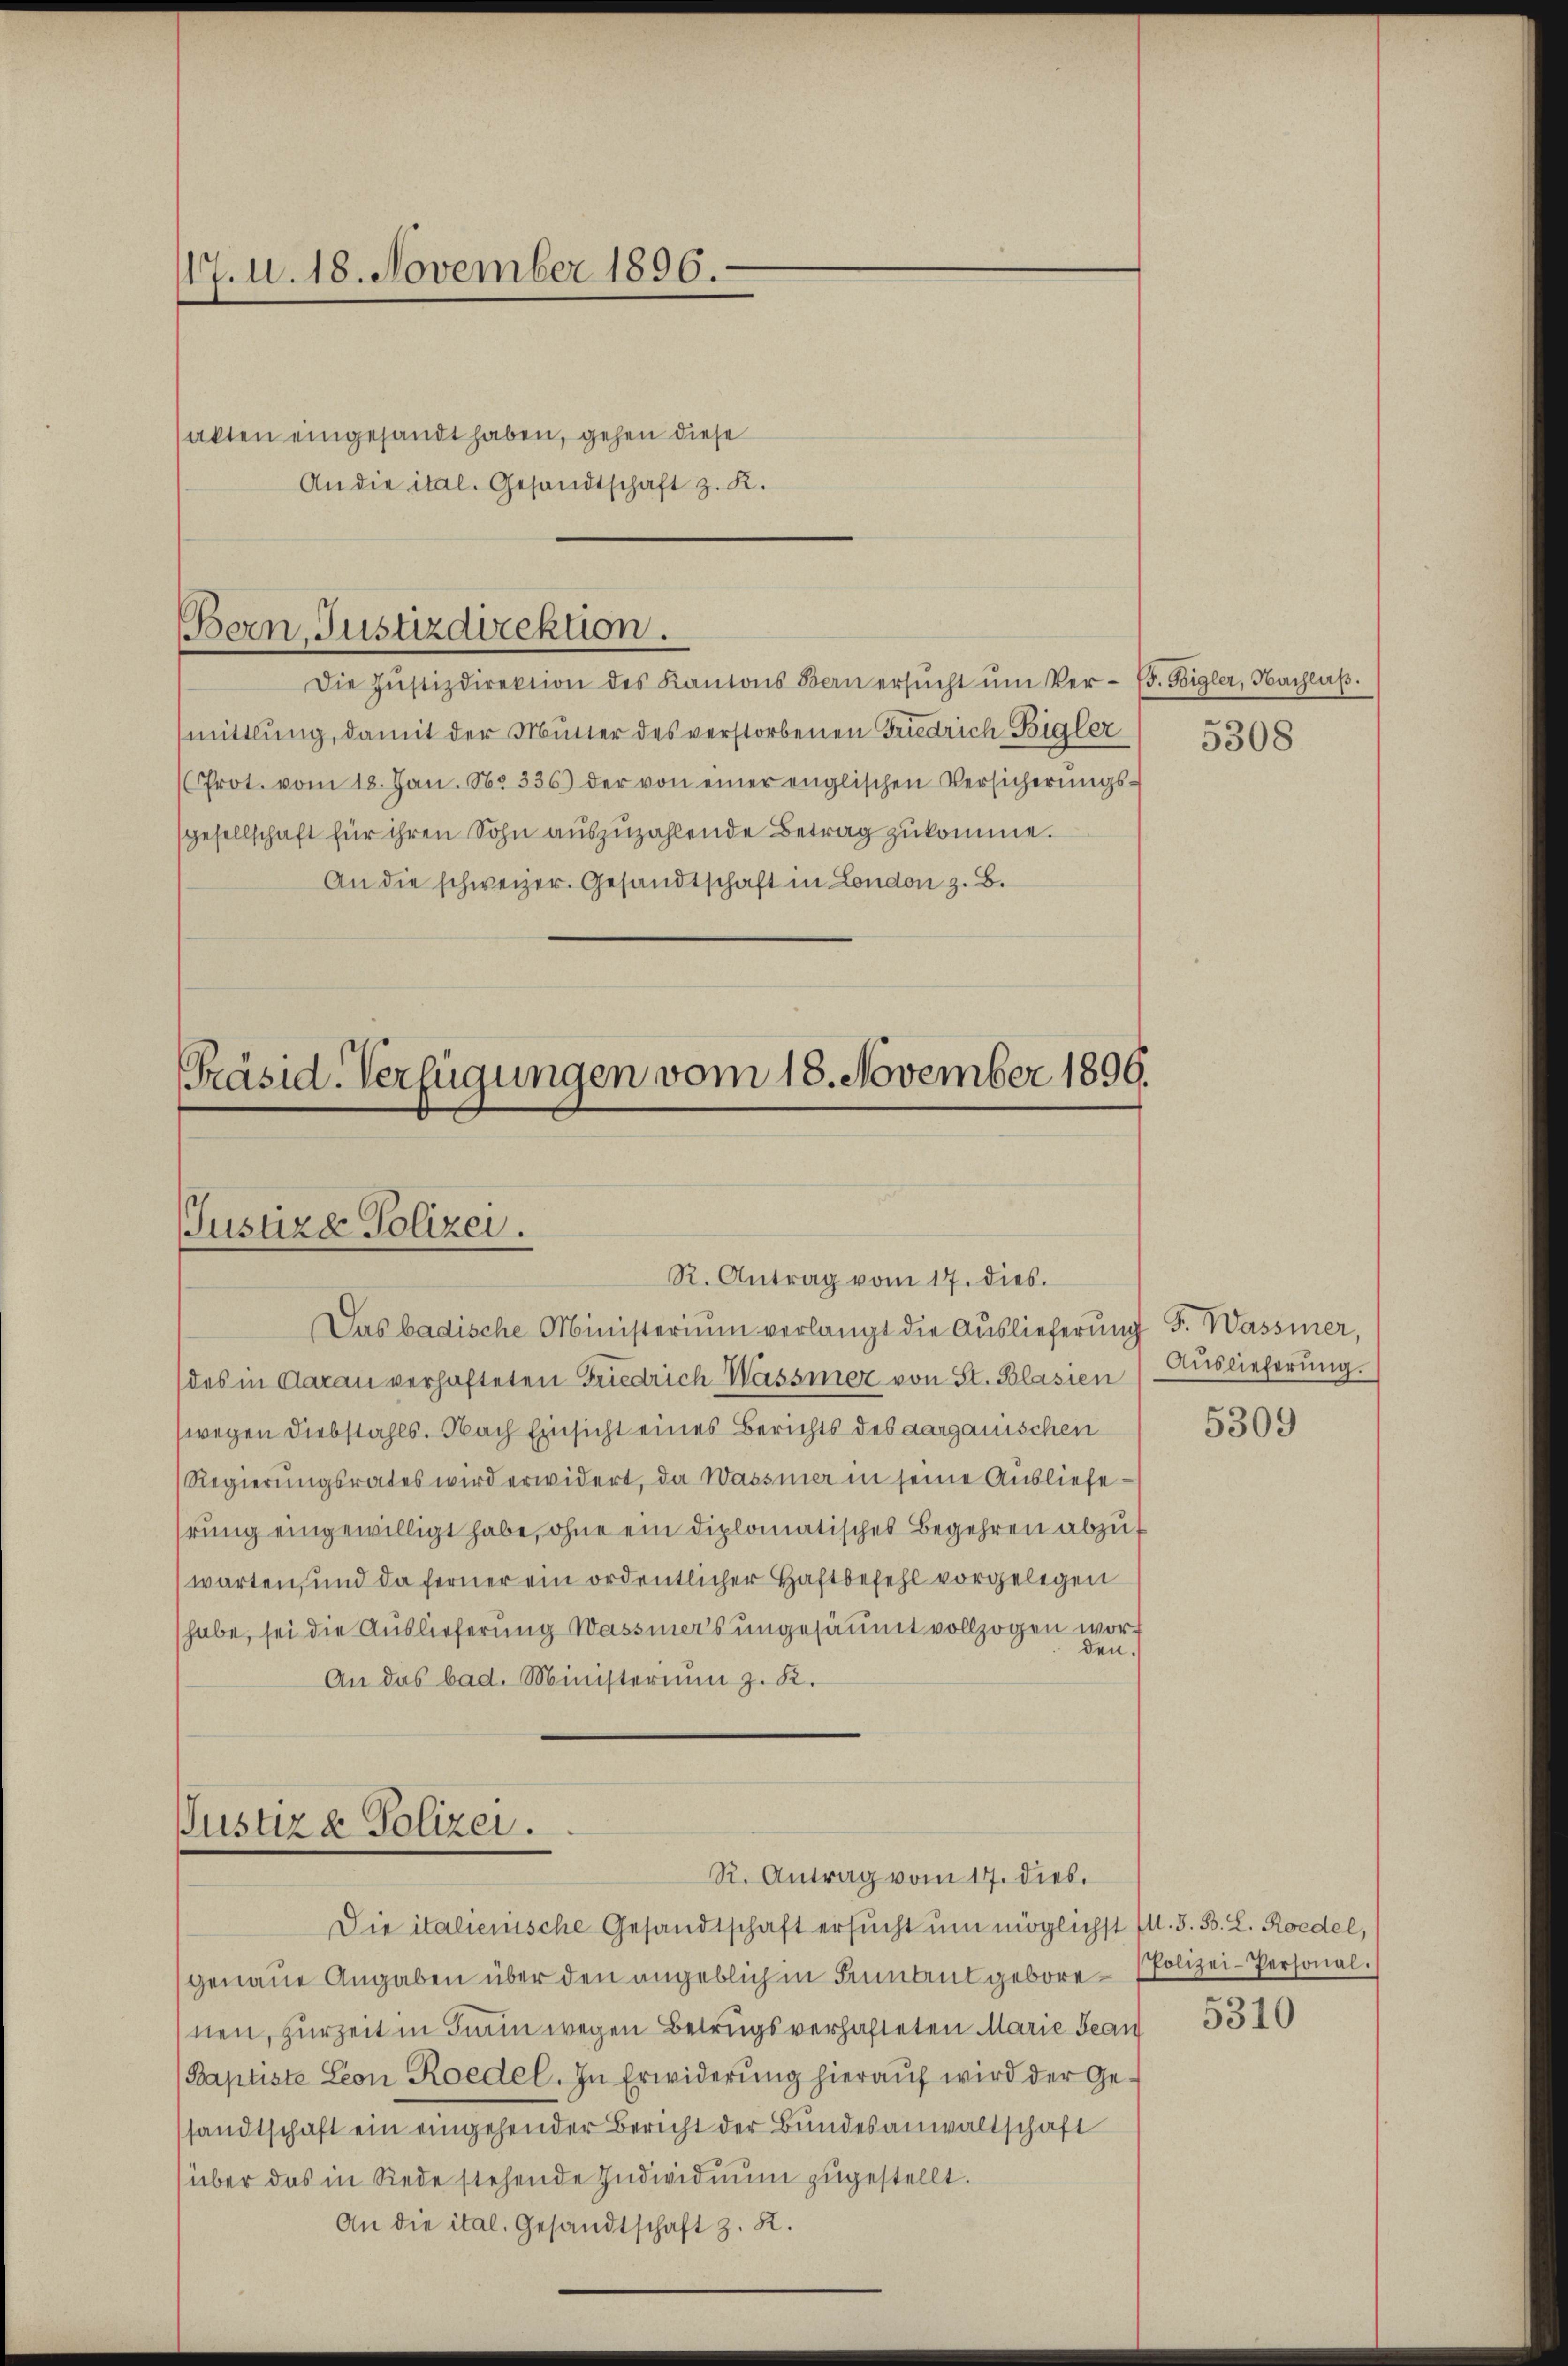
17. d. 18. November 1896.

sakten eingesandt haben, gehen diese
An die ital. Gesandtschaft z. K.

Die Jŭstizdirektion des Kantons Bern ersŭcht ŭm Ver- (s. Feigler, Nachlaβ.
mittlung, damit der Mutter des verstorbenen Friedrich Bigler
(Prot. vom 18. Jan. N. 336) der von einer englischen Versicherŭngs-
sgesellschaft für ihren Sohn auszuzahlende Betrag zukomme.
An die schweizer. Gesandtschaft in London z. B.

Das badische Ministerium verlangt die Auslieferung S. Wassier,
des in Aarau verhafteten Friedrich Wasser von St. Blasien (Auslieferŭng.
wegen Diebstahls. Nach Einsicht eines Berichts des aargauischen
Regierungsrates wird erwidert, da Wasser in seine Ausliefehrung eingewilligt habe, ohne ein diplomatisches Begehren abzuf
warten, und da ferner ein ordentlicher Haftbefehl vorgelegen
habe, sei die Auslieferung Wassers ungesäumt vollzogen worden.
An das bad. Ministerium z. K.

Die italienische Gesandtschaft ersucht um möglichst (l. 3. B. L. Roedel,
genaue Angaben über den angeblich in Findent gebore Polizei-Personal.
nen, zurzeit in Turin wegen Betrugsverhafteten Marie Bean
(Baptiste Leon Roedel. In Erwiderŭng hieraŭf wird der Ge-
sandtschaft ein eingehender Bericht der Bundesanwaltschaft
(über das in Rede stehende Individuum zugestellt.
An die ital. Gesandtschaft z. R.

Bern, Justizdirektion.

Präsid-Verfügungen vom 18. November 1899.
Justize Polizei
R. Antrag vom 17. dies.

Justiz & Polizei.
R. Antrag vom 17. dieb.

5308

5309

5310